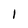
Character: l